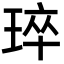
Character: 琗